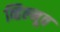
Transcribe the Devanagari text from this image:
व्हिल्नूव